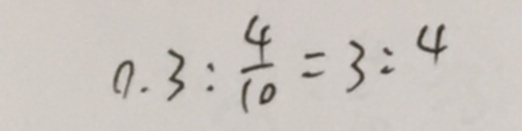
0 . 3 : \frac { 4 } { 1 0 } = 3 : 4